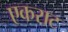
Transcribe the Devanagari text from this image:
एकराट